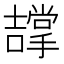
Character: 𭋵